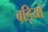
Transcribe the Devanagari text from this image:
बड़ियों